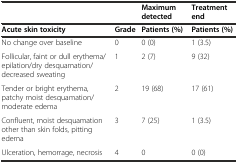
<table><thead><tr><td></td><td></td><td><b>Maximum detected</b></td><td><b>Treatment end</b></td></tr></thead><tbody><tr><td><b>Acute skin toxicity</b></td><td><b>Grade</b></td><td><b>Patients (%)</b></td><td><b>Patients (%)</b></td></tr><tr><td>No change over baseline</td><td>0</td><td>0 (0)</td><td>1 (3.5)</td></tr><tr><td>Follicular, faint or dull erythema/epilation/dry desquamation/decreased sweating</td><td>1</td><td>2 (7)</td><td>9 (32)</td></tr><tr><td>Tender or bright erythema, patchy moist desquamation/moderate edema</td><td>2</td><td>19 (68)</td><td>17 (61)</td></tr><tr><td>Confluent, moist desquamation other than skin folds, pitting edema</td><td>3</td><td>7 (25)</td><td>1 (3.5)</td></tr><tr><td>Ulceration, hemorrage, necrosis</td><td>4</td><td>0</td><td>0 (0)</td></tr></tbody></table>